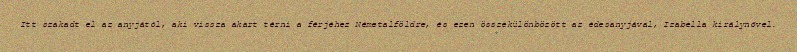
Itt szakadt el az anyjától, aki vissza akart térni a férjéhez Németalföldre, és ezen összekülönbözött az édesanyjával, Izabella királynővel.